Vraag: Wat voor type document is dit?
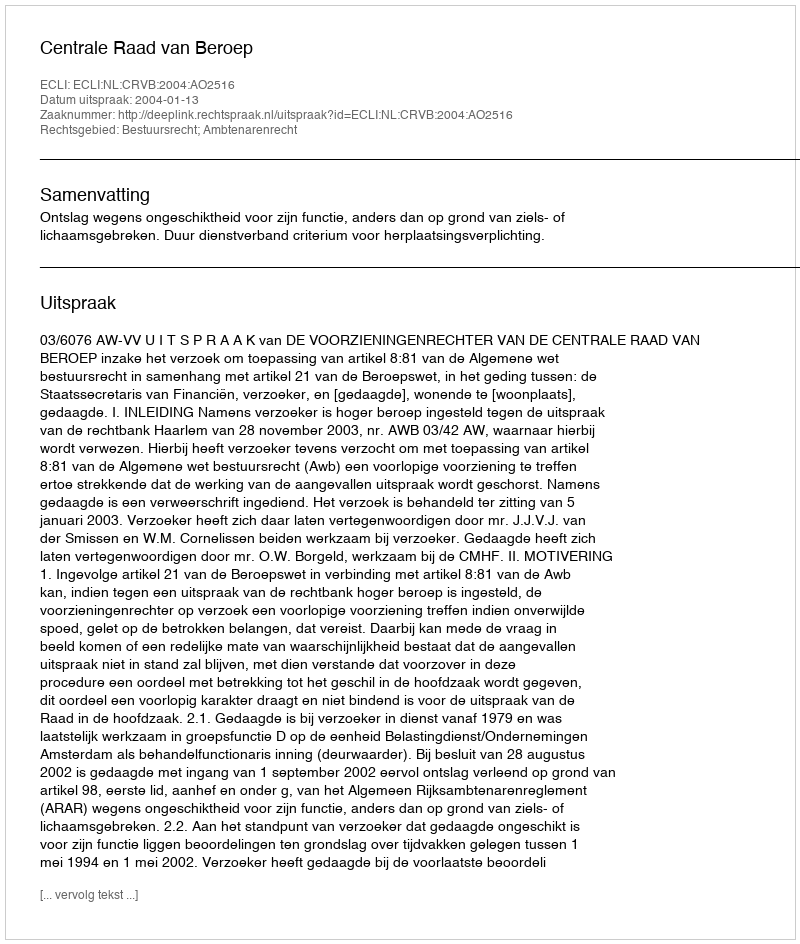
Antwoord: Uitspraak